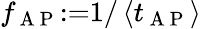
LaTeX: f_{\mathrm{~A~P~}}{:=}1/\left\langle t_{\mathrm{~A~P~}}\right\rangle